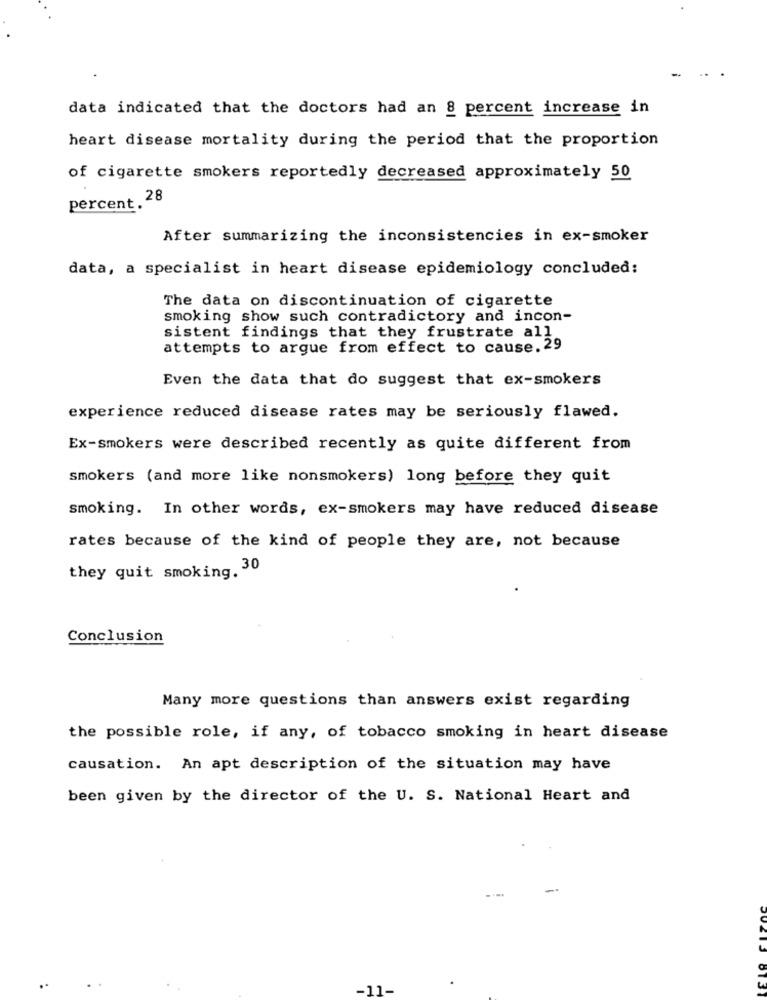
data indicated that the doctors had an 8 percent increase in
heart disease mortality during the period that the proportion
of cigarette smokers reportedly decreased approximately 50
percent. 28
After summarizing the inconsistencies in ex-smoker
data, a specialist in heart disease epidemiology concluded:
The data on discontinuation of cigarette
smoking show such contradictory and incon-
sistent findings that they frustrate all
attempts to argue from effect to cause. 29
Even the data that do suggest that ex-smokers
experience reduced disease rates may be seriously flawed.
Ex-smokers were described recently as quite different from
smokers (and more like nonsmokers) long before they quit
smoking. In other words, ex-smokers may have reduced disease
rates because of the kind of people they are, not because
they quit smoking. 30
Conclusion
Many more questions than answers exist regarding
the possible role, if any, of tobacco smoking in heart disease
causation. An apt description of the situation may have
been given by the director of the U. S. National Heart and
11-